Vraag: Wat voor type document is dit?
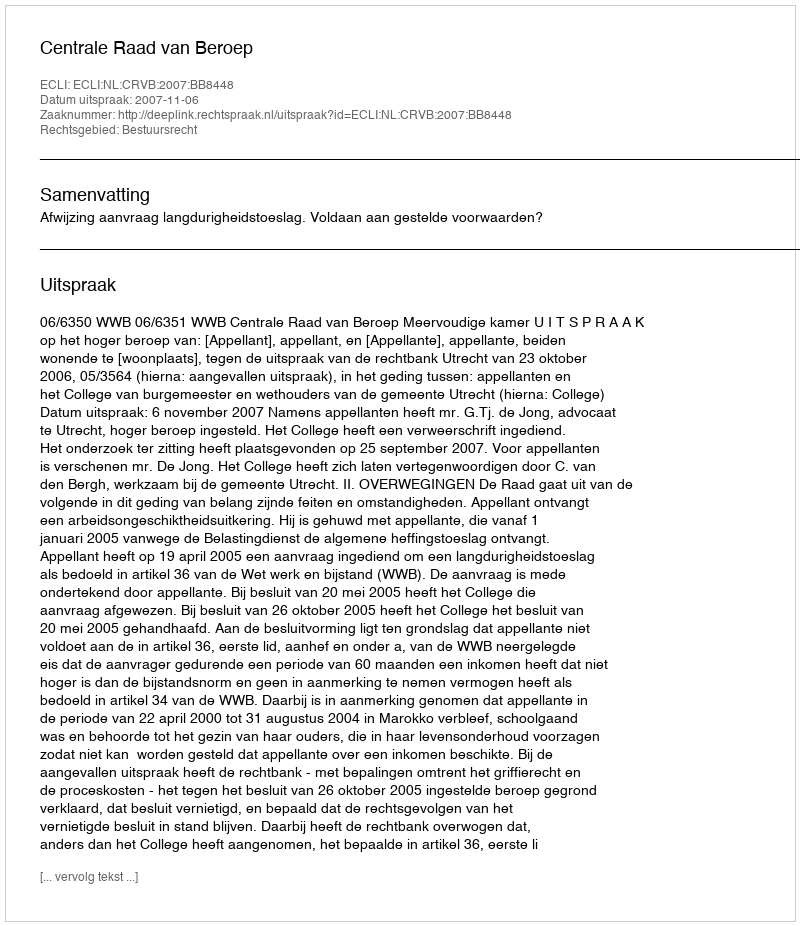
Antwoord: Uitspraak